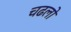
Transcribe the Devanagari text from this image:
चढलो